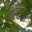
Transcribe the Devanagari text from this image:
जावळीहून